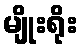
မျိုးရိုး